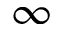
\infty